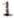
1